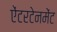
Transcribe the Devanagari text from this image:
ऐंटरटेनमेंट